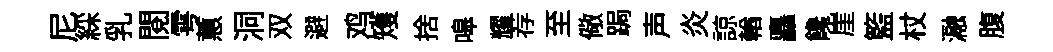
尼綵乳閱雩蕙洞双避鸡矱捨嗥耀荐至儆跼声炎諒輶矗饞崖籃杖瀜腹